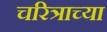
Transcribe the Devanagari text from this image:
चरित्राच्या